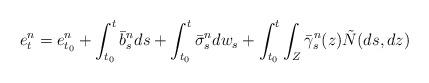
LaTeX: \begin{align*} e^n_t = e^n_{t_0} + \int_{t_0}^t \bar b_s^n ds+\int_{t_0}^t \bar \sigma_s^n dw_s +\int_{t_0}^t \int_Z \bar \gamma_s^n(z) \tilde{N}(ds, dz)\end{align*}